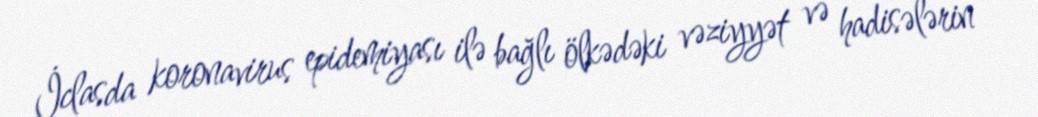
İclasda koronavirus epidemiyası ilə bağlı ölkədəki vəziyyət və hadisələrin